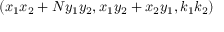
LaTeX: ( x _ { 1 } x _ { 2 } + N y _ { 1 } y _ { 2 } , x _ { 1 } y _ { 2 } + x _ { 2 } y _ { 1 } , k _ { 1 } k _ { 2 } )